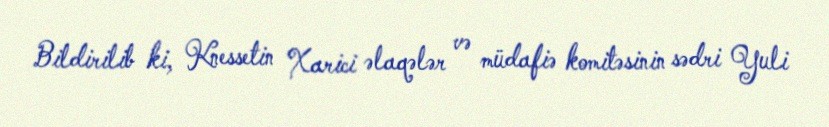
Bildirilib ki, Knessetin Xarici əlaqələr və müdafiə komitəsinin sədri Yuli